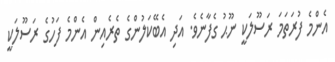
އެންމެ ފުރަތަމަ ރަސޫލަކީ ނޫޙު ގެފާނެވެ. އަދި އެބޭކަލުންގެ ތެރެއިން އެންމެ ފަހުގެ ރަސޫލަކީ